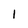
Character: 1